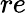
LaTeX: re